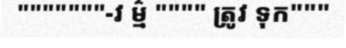
"""""""-វ ម៌្ម """" ត្រូវ ទុក"""